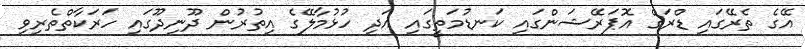
އޭގެ ތެރޭގައި ޑްރަގް އޮޕަރޭޝަންގައި ކަނޑުމަތީގައި އަދި ހުޅުމާލޭގެ އިތުރުން ދޫނިދޫގައި ހަަރަކާތްތެރިިވި